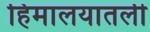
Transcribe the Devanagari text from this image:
हिमालयातली